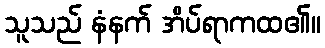
သူသည် နံနက် အိပ်ရာကထ၏။